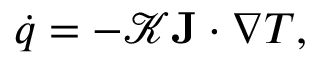
{ \dot { q } } = - { \mathcal { K } } \mathbf { J } \cdot \nabla T ,